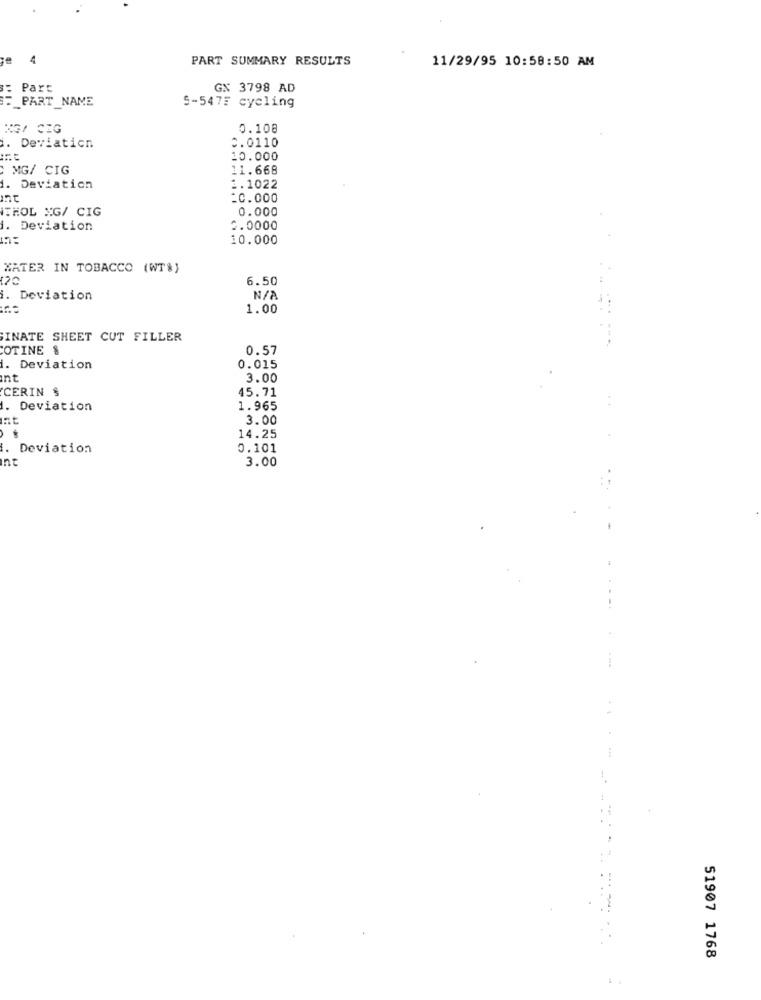
4
PART SUMMARY RESULTS
11/29/95 10:58:50 AM
Part
GN 3798 AD
PART_NAME
5-5475 cycling
KG/ CEG
0.108
0.0110
Deviation
10.000
MG/ CIG
11.668
1. Deviation
1.1022
:C.000
ITHOL XG/ CIG
0.000
. Deviation
2.0000
10.000
KATER IN TOBACCO (WT%)
20
6.50
i. Deviation
1.00
INATE SHEET CUT FILLER
OTINE &
0.57
i. Deviation
0.015
nt
3.00
CERIN $
45.71
1. Deviation
1.965
3.00
14.25
Deviation
0.101
nt
3.00
51907 1768